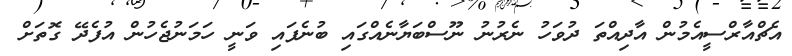
އެޗްއާރްސީއެމުން އާދިއްތަ ދުވަހު ނެރުނު ނޫސްބަޔާނެއްގައި ބުނެފައި ވަނީ ހަމަނުޖެހުން އުފެދޭ ގޮތަށް